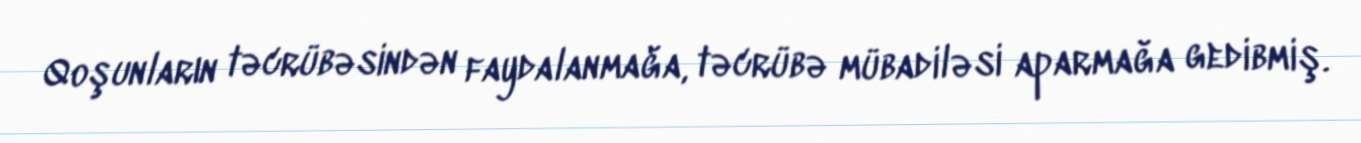
Qoşunların təcrübəsindən faydalanmağa, təcrübə mübadiləsi aparmağa gedibmiş.